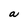
Character: a